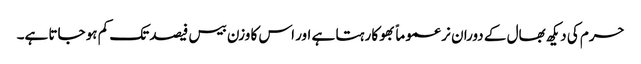
حرم کی دیکھ بھال کے دوران نر عموماً بھوکا رہتا ہے اور اس کا وزن بیس فیصد تک کم ہو جاتا ہے۔